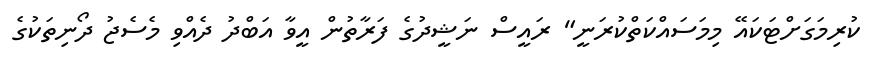
ކުރިމަގަށްޓަކައޭ މިމަސައްކަތްކުރަނީ" ރައީސް ނަޝީދުގެ ފަރާތުން އީވާ އަބްދު ދެއްވި މެސެޖު ދޯނިތަކުގެ